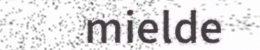
mielde